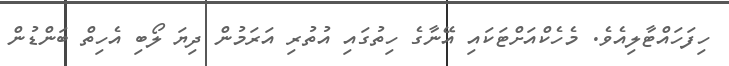
ހިފަހައްޓާލިއެވެ. މެހެކްއަށްޓަކައި އޭނާގެ ހިތުގައި އުތުރި އަރަމުން ދިޔަ ލޯބި އެހިތް ބަންޑުން